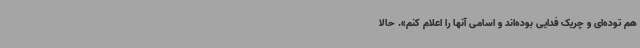
هم توده‌ای و چریک فدایی بوده‌اند و اسامی آنها را اعلام کنم». حالا